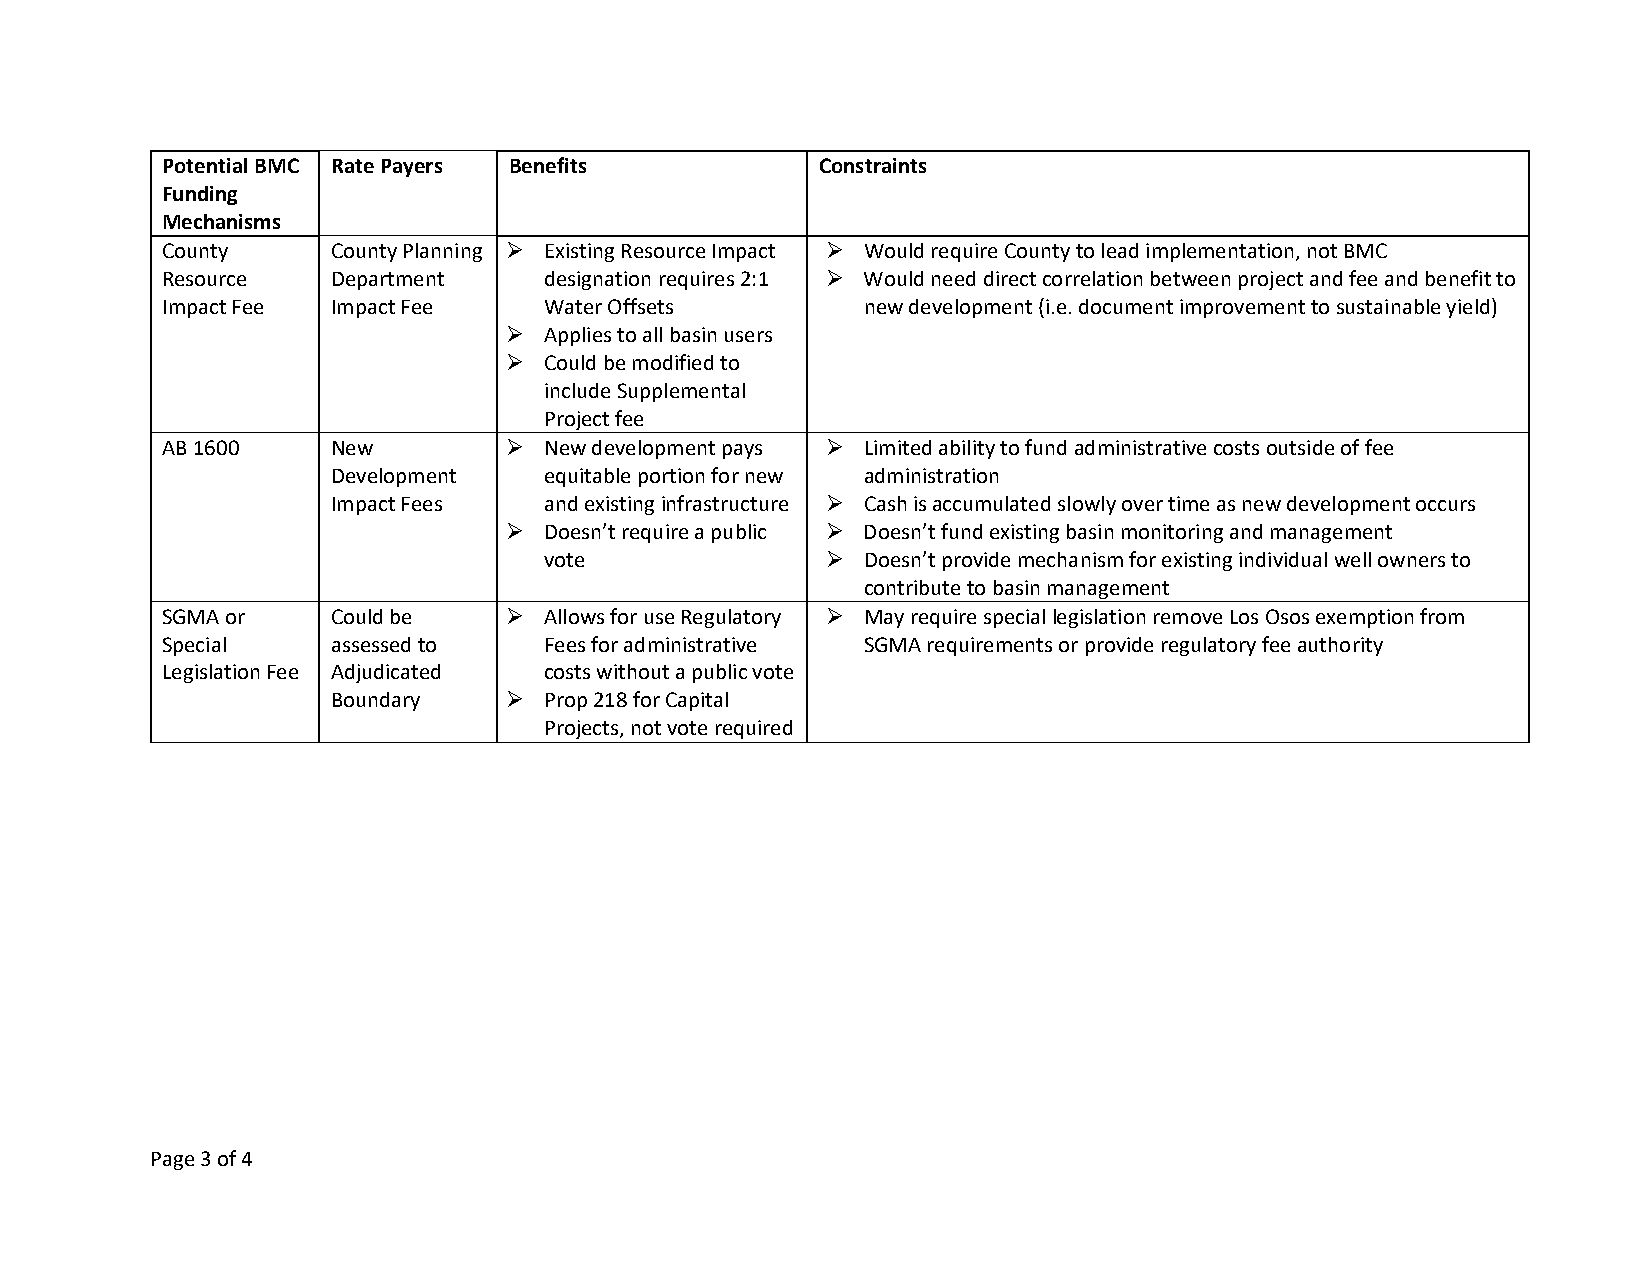
Potential BMC Rate Payers Benefits         Constraints
 Funding
 Mechanisms
 County     County Planning  Existing Resource Impact  Would require County to lead implementation, not BMC
 Resource   Department    designation requires 2:1  Would need direct correlation between project and fee and benefit to
 Impact Fee Impact Fee    Water Offsets        new development (i.e. document improvement to sustainable yield)
  Applies to all basin users
   Could be modified to
 include Supplemental
 Project fee
 AB 1600    New          New development pays  Limited ability to fund administrative costs outside of fee
 Development   equitable portion for new administration
 Impact Fees   and existing infrastructure  Cash is accumulated slowly over time as new development occurs
  Doesn’t require a public  Doesn’t fund existing basin monitoring and management
 vote                Doesn’t provide mechanism for existing individual well owners to
 contribute to basin management
 SGMA or    Could be     Allows for use Regulatory  May require special legislation remove Los Osos exemption from
 Special    assessed to   Fees for administrative SGMA requirements or provide regulatory fee authority
 Legislation Fee Adjudicated costs without a public vote
 Boundary     Prop 218 for Capital
 Projects, not vote required
 Page 3 of 4